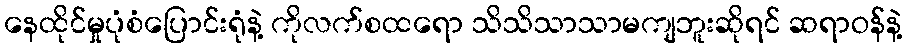
နေထိုင်မှုပုံစံပြောင်းရုံနဲ့ ကိုလက်စထရော သိသိသာသာမကျဘူးဆိုရင် ဆရာဝန်နဲ့